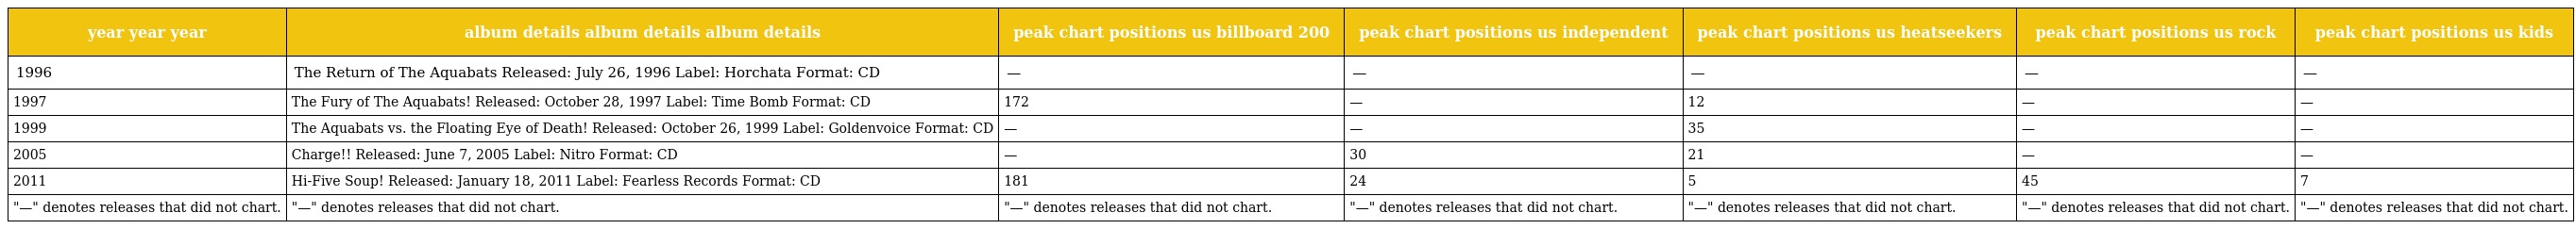
| year year year | album details album details album details | peak chart positions us billboard 200 | peak chart positions us independent | peak chart positions us heatseekers | peak chart positions us rock | peak chart positions us kids |
 | --- | --- | --- | --- | --- | --- | --- |
 | 1996 | The Return of The Aquabats Released: July 26, 1996 Label: Horchata Format: CD | — | — | — | — | — |
 | 1997 | The Fury of The Aquabats! Released: October 28, 1997 Label: Time Bomb Format: CD | 172 | — | 12 | — | — |
 | 1999 | The Aquabats vs. the Floating Eye of Death! Released: October 26, 1999 Label: Goldenvoice Format: CD | — | — | 35 | — | — |
 | 2005 | Charge!! Released: June 7, 2005 Label: Nitro Format: CD | — | 30 | 21 | — | — |
 | 2011 | Hi-Five Soup! Released: January 18, 2011 Label: Fearless Records Format: CD | 181 | 24 | 5 | 45 | 7 |
 | "—" denotes releases that did not chart. | "—" denotes releases that did not chart. | "—" denotes releases that did not chart. | "—" denotes releases that did not chart. | "—" denotes releases that did not chart. | "—" denotes releases that did not chart. | "—" denotes releases that did not chart. |